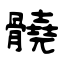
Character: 髐